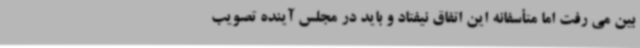
بین می رفت اما متأسفانه این اتفاق نیفتاد و باید در مجلس آینده تصویب